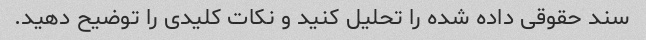
سند حقوقی داده شده را تحلیل کنید و نکات کلیدی را توضیح دهید.